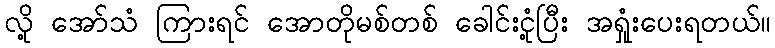
လို့ အော်သံ ကြားရင် အောတိုမစ်တစ် ခေါင်းငုံ့ပြီး အရှုံးပေးရတယ်။